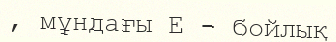
, мұндағы Е - бойлық